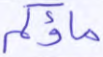
ماؤكم